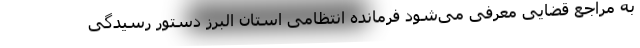
به مراجع قضایی معرفی می‌شود فرمانده انتظامی استان البرز دستور رسیدگی